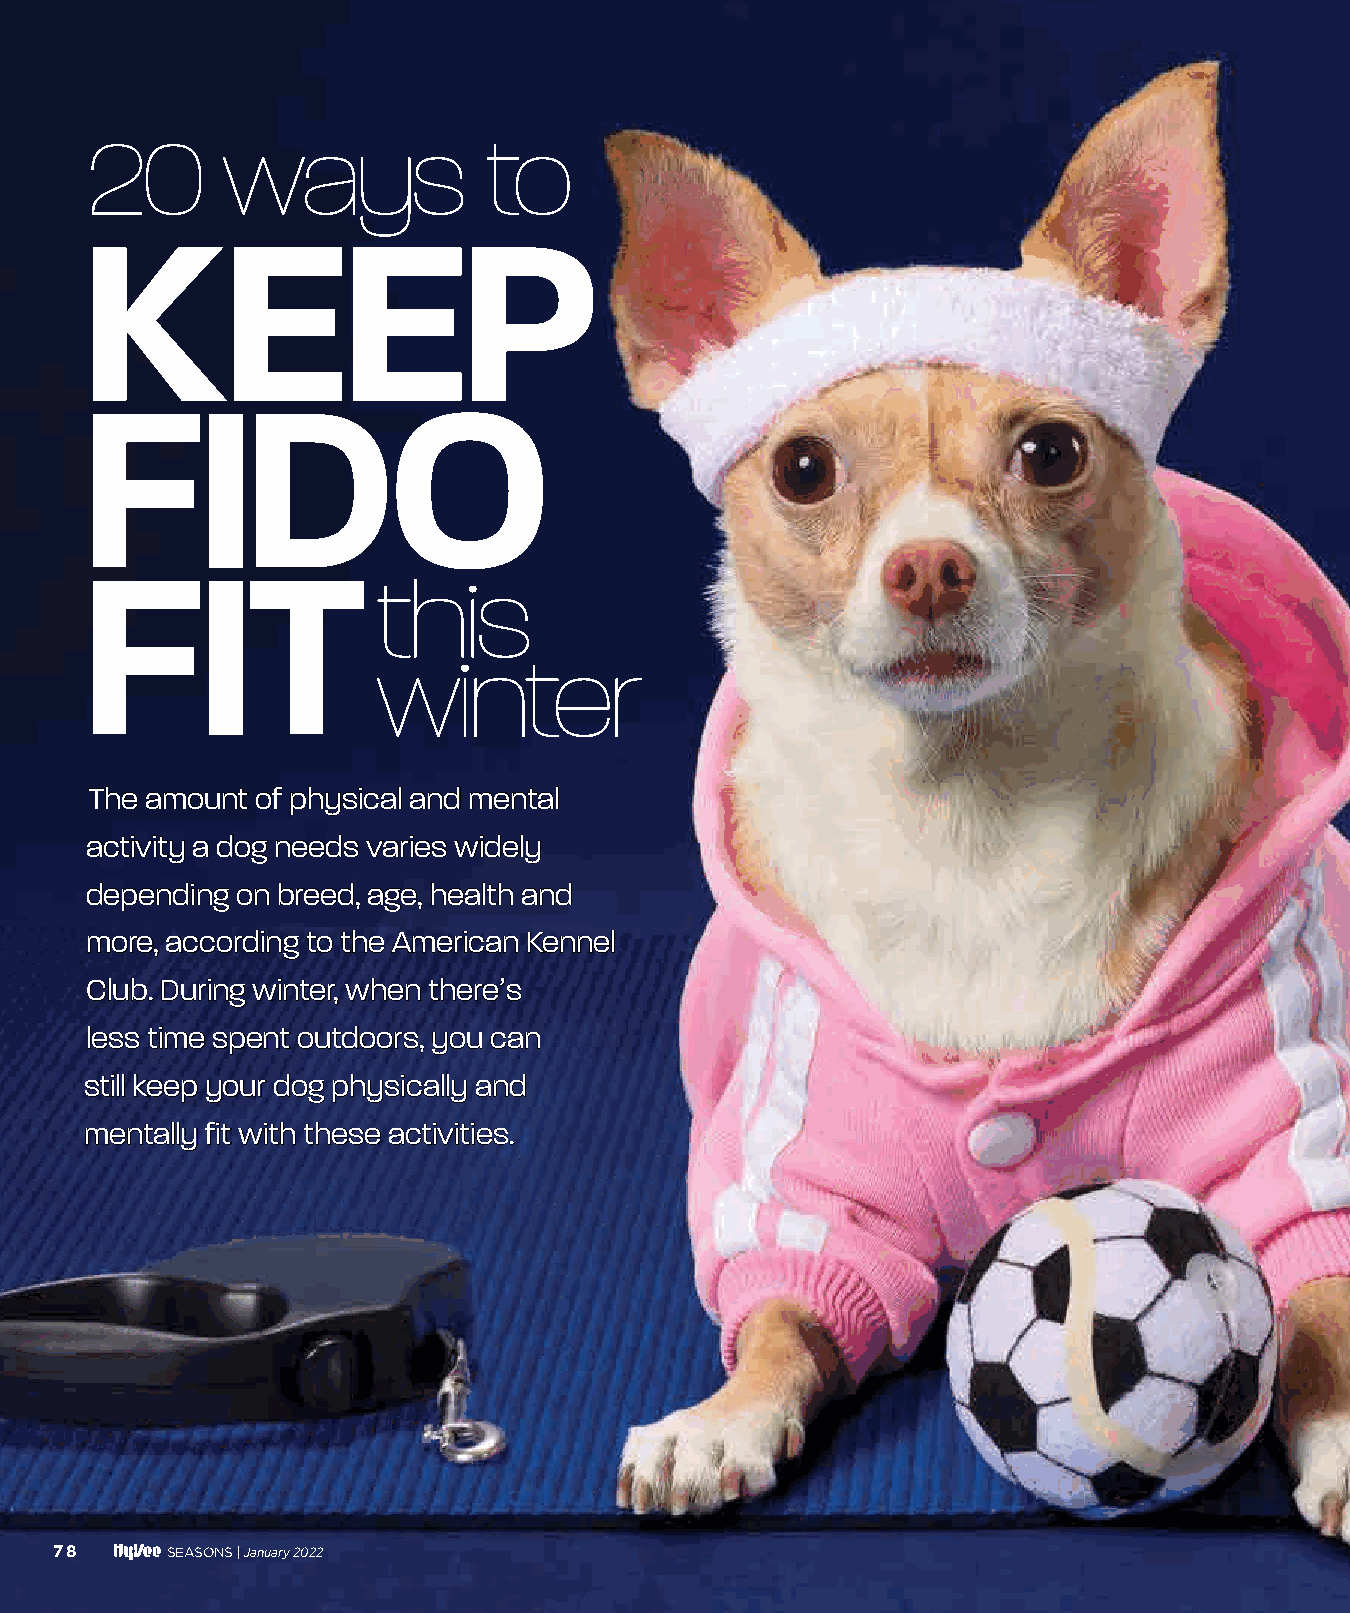
2200     wwaayyss         ttoo
 KEEP
 FIDO
 FIT
 tthhiiss
 wwiinntteerr
 TThhee aammoouunntt ooff pphhyyssiiccaall aanndd mmeennttaall
 aaccttiivviittyy aa ddoogg nneeeeddss vvaarriieess wwiiddeellyy
 ddeeppeennddiinngg oonn bbrreeeedd,, aaggee,, hheeaalltthh aanndd
 mmoorree,, aaccccoorrddiinngg ttoo tthhee AAmmeerriiccaann KKeennnneell
 CClluubb.. DDuurriinngg wwiinntteerr,, wwhheenn tthheerree’’ss
 lleessss ttiimmee ssppeenntt oouuttddoooorrss,, yyoouu ccaann
 ssttiillll kkeeeepp yyoouurr ddoogg pphhyyssiiccaallllyy aanndd
 mmeennttaallllyy ffiitt wwiitthh tthheessee aaccttiivviittiieess..
 78     SEASONS | January 2022
 007788--008811 PPeett SSttoorryy__1111..2299..iinndddd 7788                      1111//2299//2211 1111::3388 AAMM